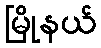
မြိုနယ်